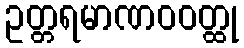
ဥတ္တရမာဏဝဝတ္ထု